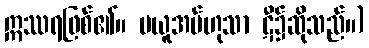
ဣဿရဖြစ်၏။ မယူအပ်ဟုသာ ဋီ၌ဆိုသည်။)